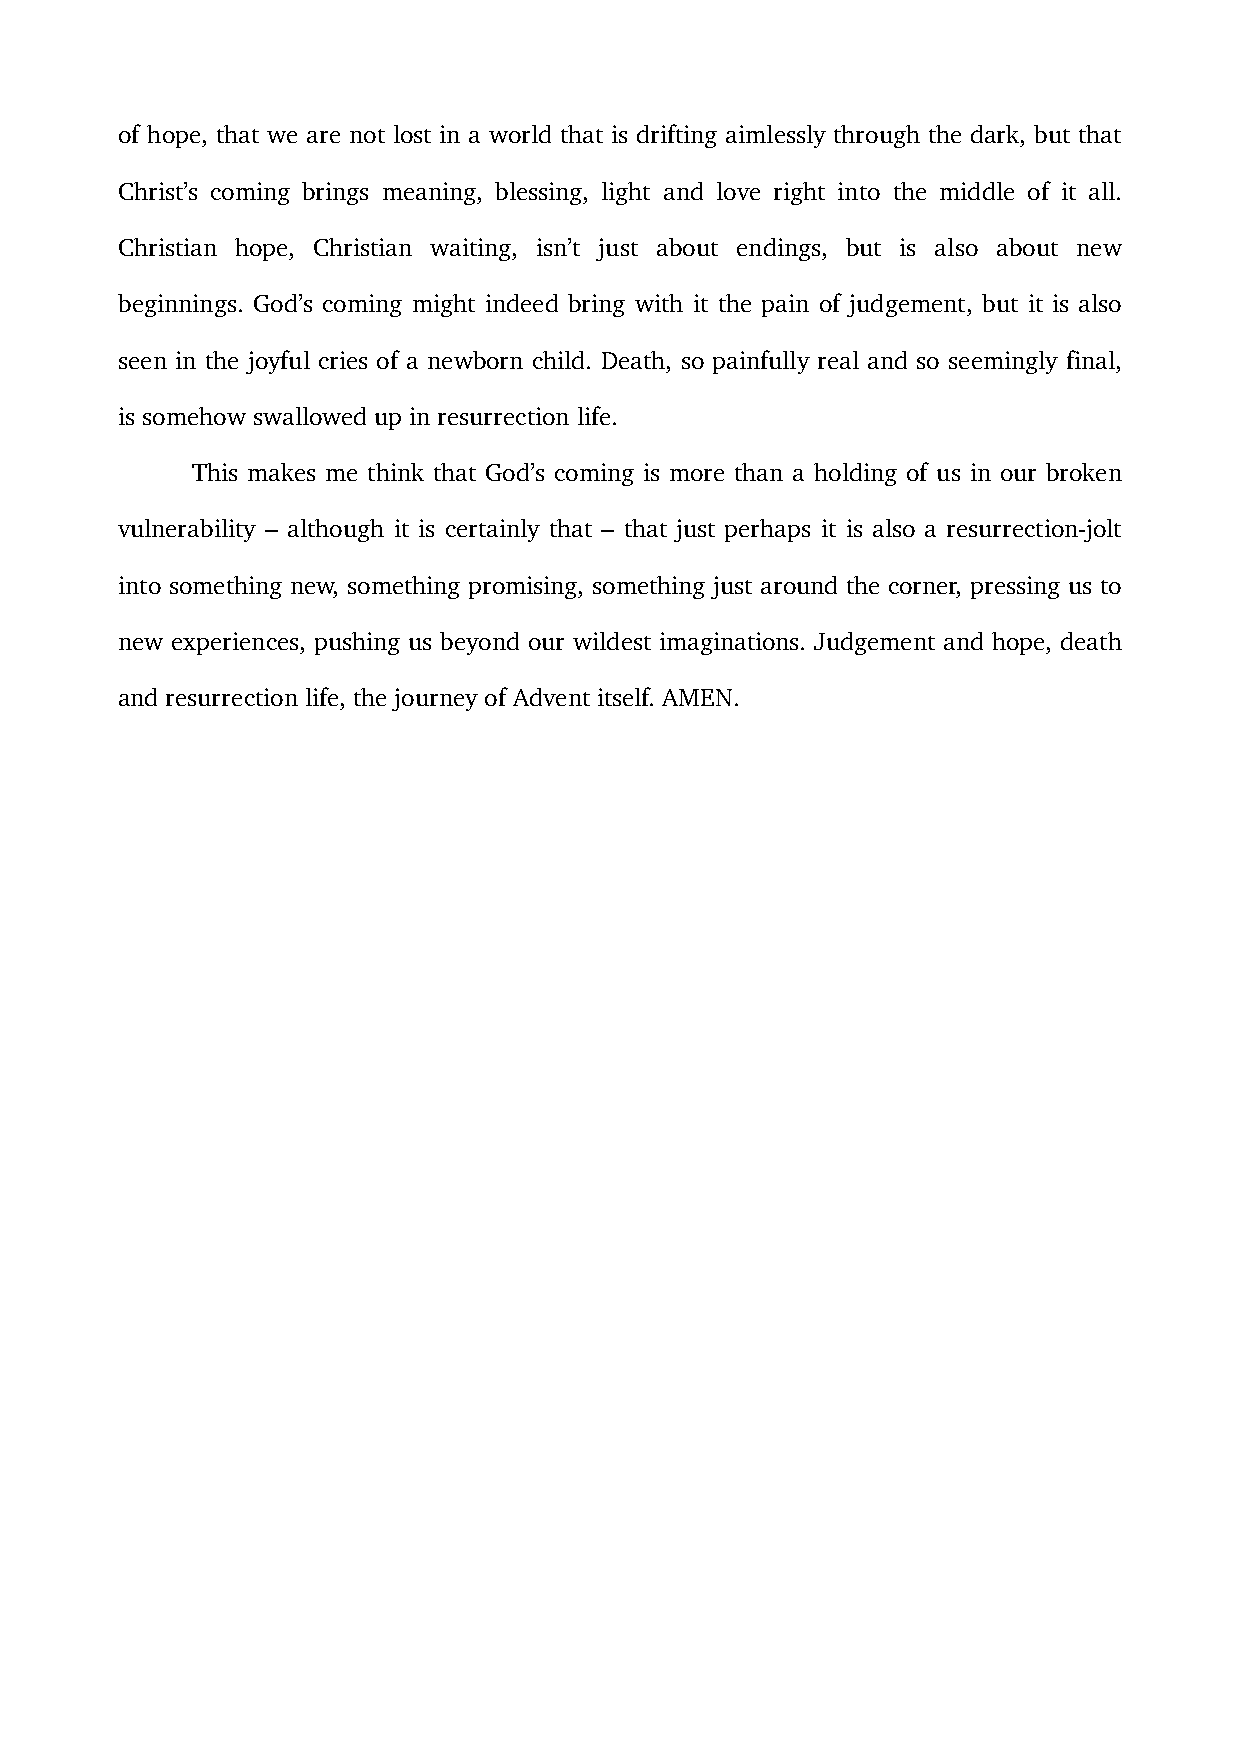
of hope, that we are not lost in a world that is drifting aimlessly through the dark, but that
 Christ’s coming brings meaning, blessing, light and love right into the middle of it all.
 Christian hope, Christian waiting, isn’t just about endings, but is also about new
 beginnings. God’s coming might indeed bring with it the pain of judgement, but it is also
 seen in the joyful cries of a newborn child. Death, so painfully real and so seemingly final,
 is somehow swallowed up in resurrection life.
 This makes me think that God’s coming is more than a holding of us in our broken
 vulnerability – although it is certainly that – that just perhaps it is also a resurrection-jolt
 into something new, something promising, something just around the corner, pressing us to
 new experiences, pushing us beyond our wildest imaginations. Judgement and hope, death
 and resurrection life, the journey of Advent itself. AMEN.